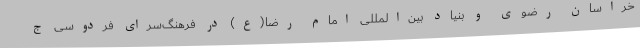
خراسان رضوی و بنیاد بین‌المللی امام رضا(ع) در فرهنگ‌سرای فردوسی ج